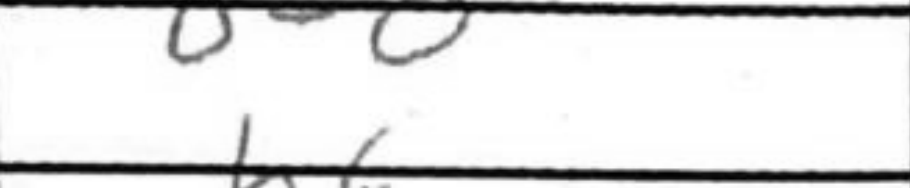
Transcription: O-O